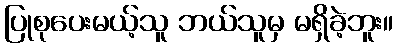
ပြုစုပေးမယ့်သူ ဘယ်သူမှ မရှိခဲ့ဘူး။